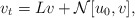
\begin{align*}v_t=Lv+\mathcal{N}[u_0,v],\end{align*}